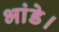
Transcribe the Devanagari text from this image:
भांडे।